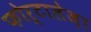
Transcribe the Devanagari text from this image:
फोर्टालेज़ा